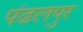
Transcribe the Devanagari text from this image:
पंढलपुर